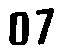
07